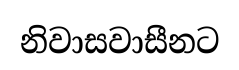
නිවාසවාසීනට